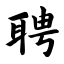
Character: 聘